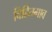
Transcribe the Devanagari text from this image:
विहितगाव